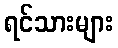
ရင်သားများ